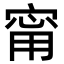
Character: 甯